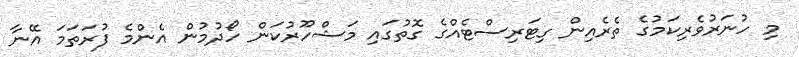
މި ހުނަރުވެރިކަމުގެ ތެރެއިން ގިޓަރިސްޓެއްގެ ގޮތުގައި މަޝްހޫރުކަން ހޯދުމުން އެންމެ ފުރަތަމަ އޭނާ